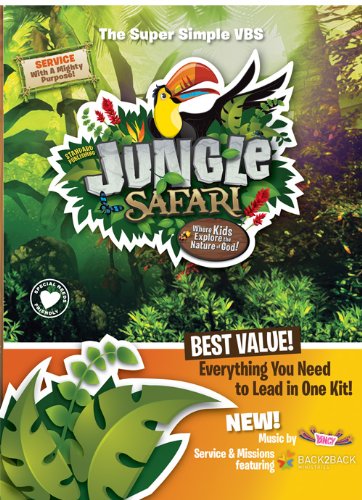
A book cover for Super Simple Jungle Safari Kit (Vacation Bible School (VBS) 2014: Jungle SafariEEWhere Kids Explore the Nature of); Standard Publishing; Christian Books & Bibles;